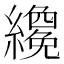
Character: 𬘇